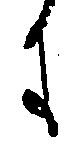
に